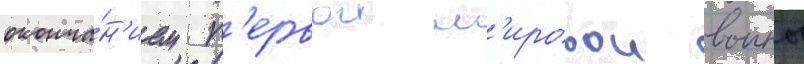
оконча́н'ием п'ервои м'ировои воины